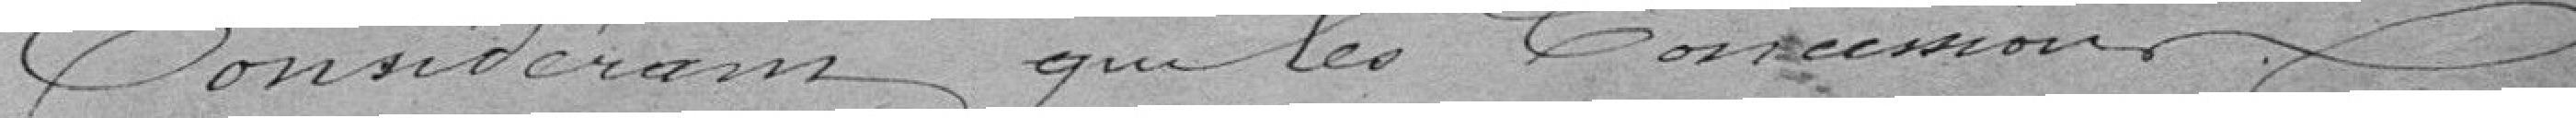
Considérant que les concessions